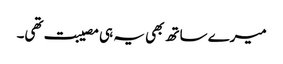
میرے ساتھ بھی یہ ہی مصیبت تھی۔